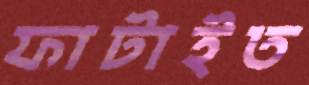
ফাটাইত